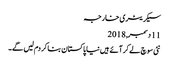
سیکریٹری خارجہ
11 دسمبر, 2018
نئی سوچ لے کر آئے ہیں نیا پاکستان بنا کر دم لیں گے۔